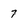
Character: 7